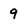
Character: 9